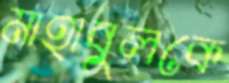
মাহাবুলকে